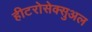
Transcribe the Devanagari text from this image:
हीटरोसेक्सुअल